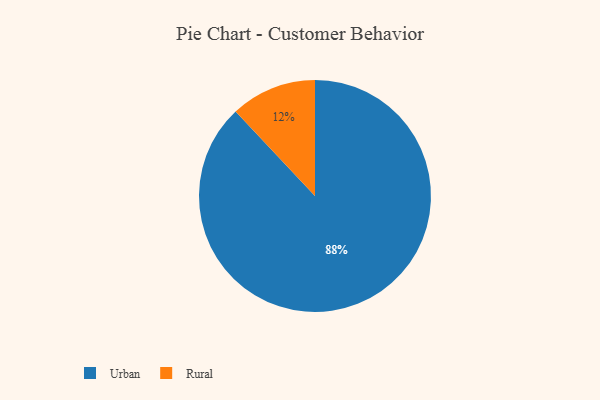
{"axis": {"x": "Category", "y": "Percentage"}, "legend": ["Rural", "Urban"], "data": [{"x": "Urban", "y": 88, "type": "Urban"}, {"x": "Rural", "y": 12, "type": "Rural"}]}